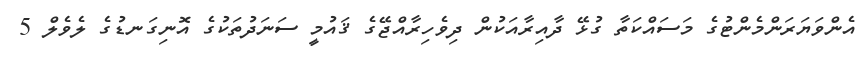
އެންވަޔަރަންމެންޓުގެ މަސައްކަތާ ގުޅޭ ދާއިރާއަކުން ދިވެހިރާއްޖޭގެ ޤައުމީ ސަނަދުތަކުގެ އޮނިގަނޑުގެ ލެވެލް 5